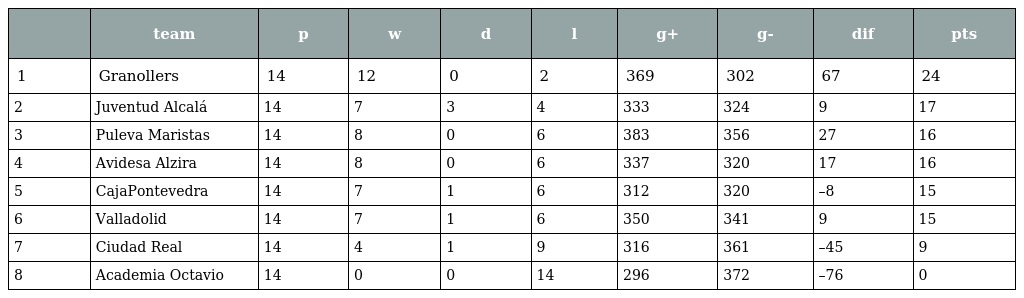
|  | team | p | w | d | l | g+ | g- | dif | pts |
 | --- | --- | --- | --- | --- | --- | --- | --- | --- | --- |
 | 1 | Granollers | 14 | 12 | 0 | 2 | 369 | 302 | 67 | 24 |
 | 2 | Juventud Alcalá | 14 | 7 | 3 | 4 | 333 | 324 | 9 | 17 |
 | 3 | Puleva Maristas | 14 | 8 | 0 | 6 | 383 | 356 | 27 | 16 |
 | 4 | Avidesa Alzira | 14 | 8 | 0 | 6 | 337 | 320 | 17 | 16 |
 | 5 | CajaPontevedra | 14 | 7 | 1 | 6 | 312 | 320 | –8 | 15 |
 | 6 | Valladolid | 14 | 7 | 1 | 6 | 350 | 341 | 9 | 15 |
 | 7 | Ciudad Real | 14 | 4 | 1 | 9 | 316 | 361 | –45 | 9 |
 | 8 | Academia Octavio | 14 | 0 | 0 | 14 | 296 | 372 | –76 | 0 |